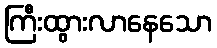
ကြီးထွားလာနေသော